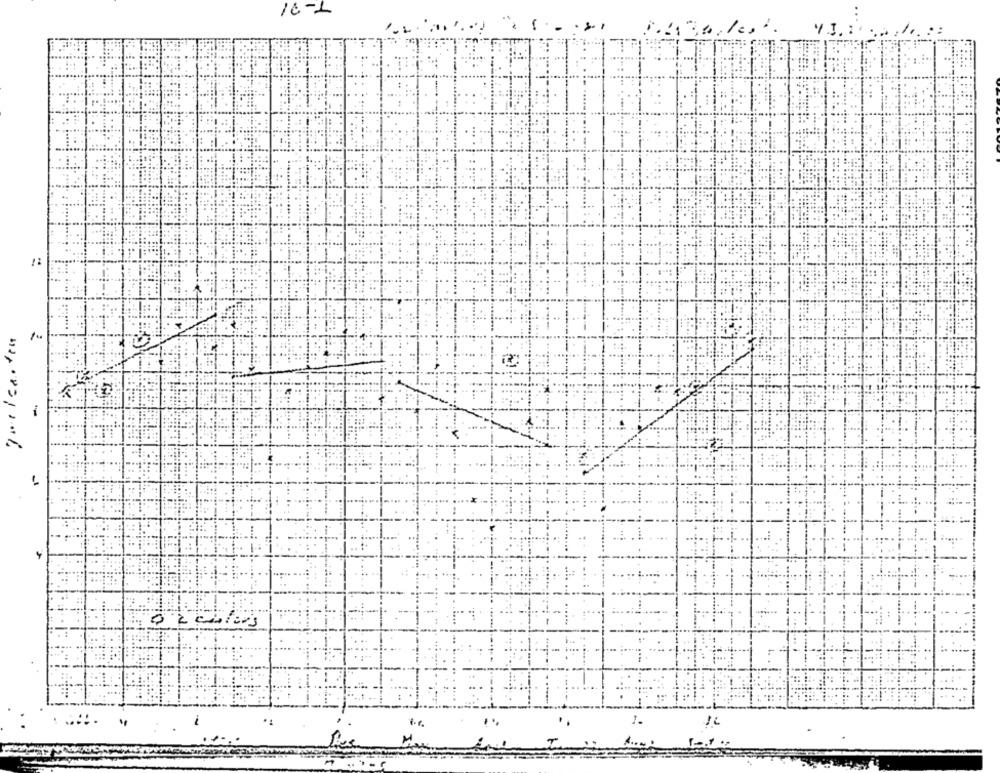
16-1
16
1.
M.